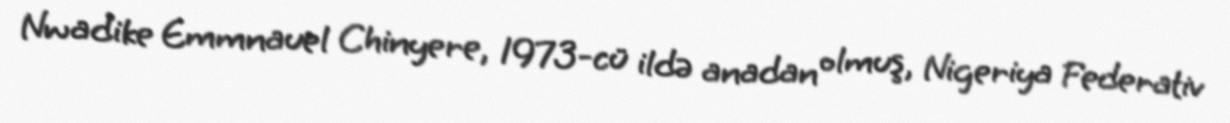
Nwadike Emmnauel Chinyere, 1973-cü ildə anadan olmuş, Nigeriya Federativ